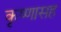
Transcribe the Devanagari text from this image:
कृष्णासह